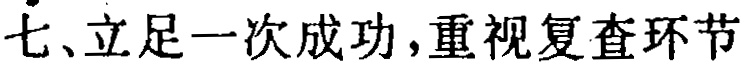
七、立足一次成功，重视复查环节